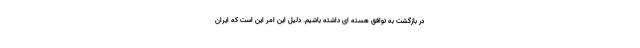
در بازگشت به توافق هسته ای داشته باشیم. دلیل این امر این است که ایران